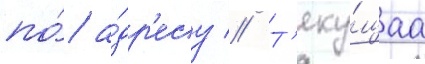
по́ а́др'есу // Т'еку́щаа